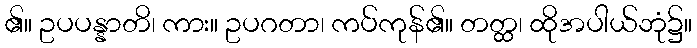
၏။ ဥပပန္နာတိ၊ ကား။ ဥပဂတာ၊ ကပ်ကုန်၏။ တတ္ထ၊ ထိုအပါယ်ဘုံ၌။